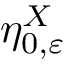
\eta _ { 0 , \varepsilon } ^ { X }